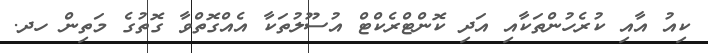
ކިއު އާއި ކުރެހުންތަކާއި އަދިި ކޮންޓްރެކްޓް އުސޫލުތަކާ އެއްގޮތްވާ ގޮތުގެ މަތިން ހދ.